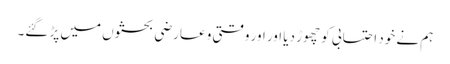
ہم نے خود احتسابی کو چھوڑ دیا اور اور وقتی و عارضی بحثوں میں پڑ گئے۔